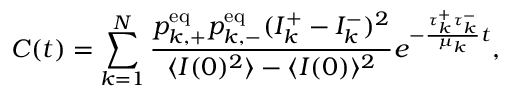
C ( t ) = \sum _ { k = 1 } ^ { N } \frac { p _ { k , + } ^ { \mathrm { e q } } p _ { k , - } ^ { \mathrm { e q } } ( I _ { k } ^ { + } - I _ { k } ^ { - } ) ^ { 2 } } { \langle I ( 0 ) ^ { 2 } \rangle - \langle I ( 0 ) \rangle ^ { 2 } } e ^ { - \frac { \tau _ { k } ^ { + } \tau _ { k } ^ { - } } { \mu _ { k } } t } ,